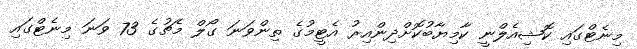
މިނެޓްގައި ކޮޝިއެލްނީ ކާމިޔާބުކޮށްދިންއިރު އެޓީމުގެ ތިންވަނަ ގޯލް މެޗުގެ 73 ވަނަ މިނެޓްގައި